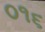
૦૧૬